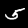
Label: 5